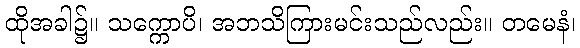
ထိုအခါ၌။ သက္ကောပိ၊ အဘသိကြားမင်းသည်လည်း။ တမေနံ၊